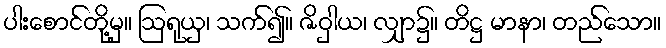
ပါးစောင်တို့မှ။ ဩရုယှ၊ သက်၍။ ဇိဝှါယ၊ လျှာ၌။ တိဋ္ဌ မာနာ၊ တည်သော။